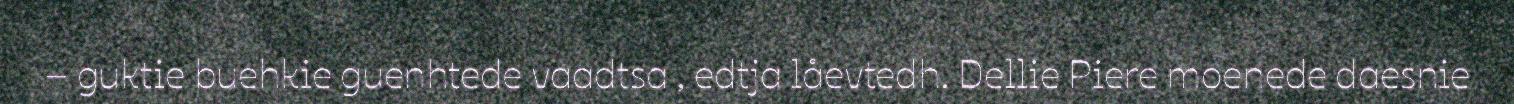
– guktie buehkie guenhtede vaadtsa , edtja låevtedh. Dellie Piere moenede daesnie